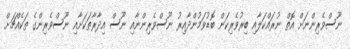
ނޫސްވެރިންނަށް އޮތް ނުރައްކަލާއި ބިރުވެރިކަން ބޮޑުވަމުންދާއިރު ނޫސްވެރިންނާއި ނޫސް އިދާރާތަކަށާއި ނޫސްވެރިންގެ ތަކެއްޗަށް